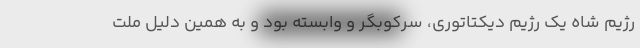
رژیم شاه یک رژیم دیکتاتوری، سرکوبگر و وابسته بود و به همین دلیل ملت